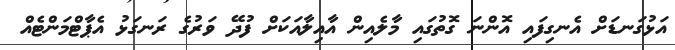
އަޅުގަނޑަށް އެނގިފައި އޮންނަ ގޮތުގައި މާލެއިން އާއިލާއަކަށް ފުދޭ ވަރުގެ ރަނގަޅު އެޕާޓްމަންޓެއް